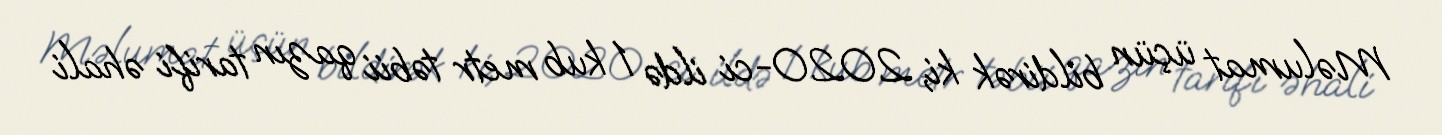
Məlumat üçün bildirək ki, 2020-ci ildə 1 kub metr təbii qazın tarifi əhali